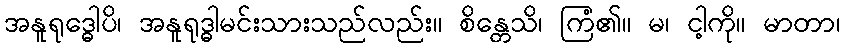
အနူရုဒ္ဓေါပိ၊ အနူရုဒ္ဓါမင်းသားသည်လည်း။ စိန္တေသိ၊ ကြံ၏။ မ၊ ငါ့ကို။ မာတာ၊